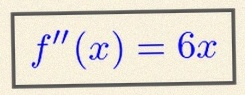
f''(x)=6x